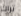
تراك